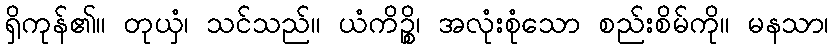
ရှိကုန်၏။ တုယှံ၊ သင်သည်။ ယံကိဉ္စိ၊ အလုံးစုံသော စည်းစိမ်ကို။ မနသာ၊